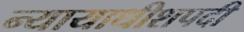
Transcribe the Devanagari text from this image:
न्यायाधीशपदी